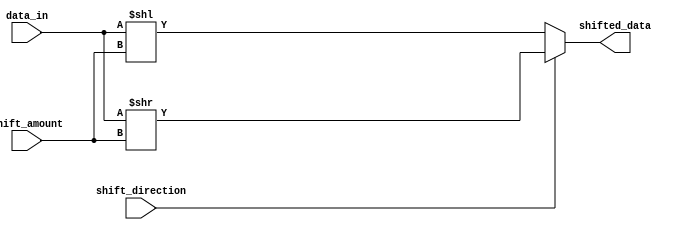
module BarrelShifter (
    input [7:0] data_in,
    input [3:0] shift_amount,
    input shift_direction, // 0 for left, 1 for right
    output reg [7:0] shifted_data
);

reg [7:0] temp_data;

always @(*) begin
    if (shift_direction == 0) begin // shift left
        temp_data = data_in << shift_amount;
    end else begin // shift right
        temp_data = data_in >> shift_amount;
    end
end

assign shifted_data = temp_data;

endmodule